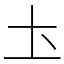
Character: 圡